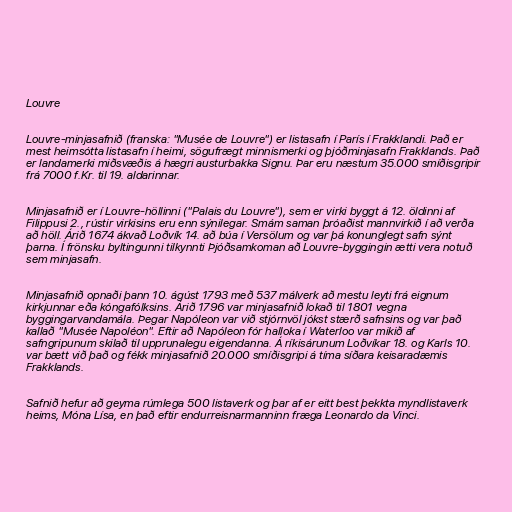
Louvre

Louvre-minjasafnið (franska: "Musée de Louvre") er listasafn í París í Frakklandi. Það er
mest heimsótta listasafn í heimi, sögufrægt minnismerki og þjóðminjasafn Frakklands. Það
er landamerki miðsvæðis á hægri austurbakka Signu. Þar eru næstum 35.000 smíðisgripir
frá 7000 f.Kr. til 19. aldarinnar.

Minjasafnið er í Louvre-höllinni ("Palais du Louvre"), sem er virki byggt á 12. öldinni af
Filippusi 2., rústir virkisins eru enn sýnilegar. Smám saman þróaðist mannvirkið í að verða
að höll. Árið 1674 ákvað Loðvík 14. að búa í Versölum og var þá konunglegt safn sýnt
þarna. Í frönsku byltingunni tilkynnti Þjóðsamkoman að Louvre-byggingin ætti vera notuð
sem minjasafn.

Minjasafnið opnaði þann 10. ágúst 1793 með 537 málverk að mestu leyti frá eignum
kirkjunnar eða kóngafólksins. Árið 1796 var minjasafnið lokað til 1801 vegna
byggingarvandamála. Þegar Napóleon var við stjórnvöl jókst stærð safnsins og var það
kallað "Musée Napoléon". Eftir að Napóleon fór halloka í Waterloo var mikið af
safngripunum skilað til upprunalegu eigendanna. Á ríkisárunum Loðvíkar 18. og Karls 10.
var bætt við það og fékk minjasafnið 20.000 smíðisgripi á tíma síðara keisaradæmis
Frakklands.

Safnið hefur að geyma rúmlega 500 listaverk og þar af er eitt best þekkta myndlistaverk
heims, Móna Lísa, en það eftir endurreisnarmanninn fræga Leonardo da Vinci.